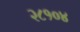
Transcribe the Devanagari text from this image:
२८१०४